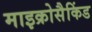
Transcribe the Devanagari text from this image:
माइक्रोसैकिंड